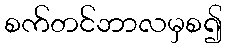
စက်တင်ဘာလမှစ၍